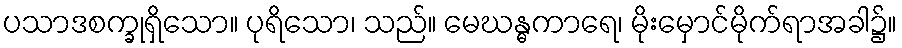
ပသာဒစက္ခုရှိသော။ ပုရိသော၊ သည်။ မေဃန္ဓကာရေ၊ မိုးမှောင်မိုက်ရာအခါ၌။